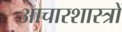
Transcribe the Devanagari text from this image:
आचारशास्त्रों